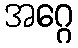
အဂ္ဂေ